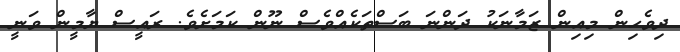
ދިވެހިން މިއިން ޒަމާނަކު ދަންނަ ބަސްތަކެއްވެސް ނޫން ކަމަށެވެ. ރައީސް ޔާމީން ވަނީ